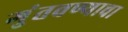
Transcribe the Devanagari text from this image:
गुंतवण्याचा